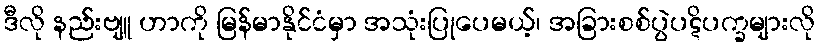
ဒီလို နည်းဗျူ ဟာကို မြန်မာနိုင်ငံမှာ အသုံးပြုပေမယ့်၊ အခြားစစ်ပွဲပဋိပက္ခများလို